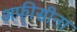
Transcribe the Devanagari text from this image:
अफीसीना